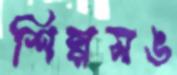
শিল্পসঙ